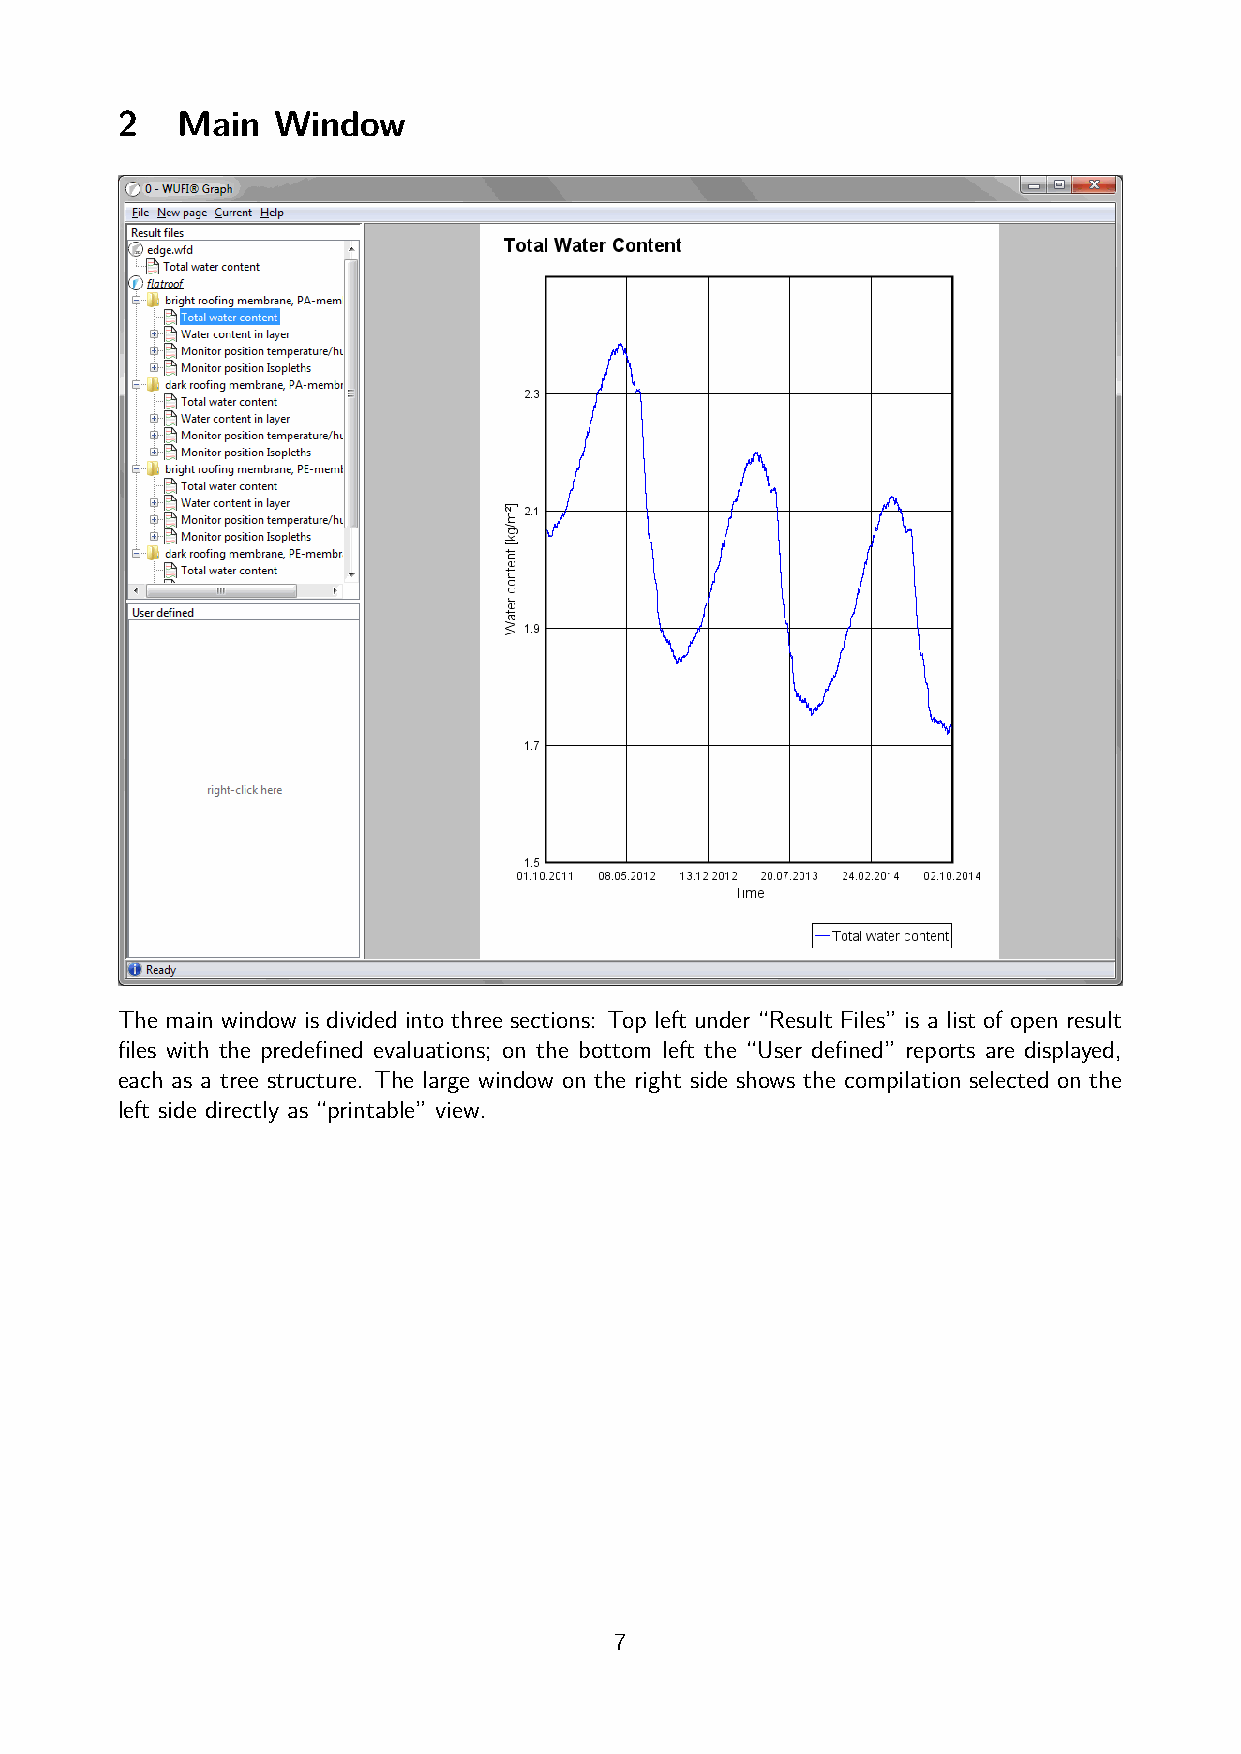
2   Main  Window
 The main window is divided into three sections: Top left under “Result Files” is a list of open result
 files with the predefined evaluations; on the bottom left the “User defined” reports are displayed,
 each as a tree structure. The large window on the right side shows the compilation selected on the
 left side directly as “printable” view.
 7